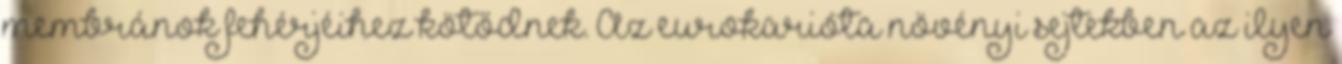
membránok fehérjéihez kötődnek. Az eurokarióta növényi sejtekben az ilyen